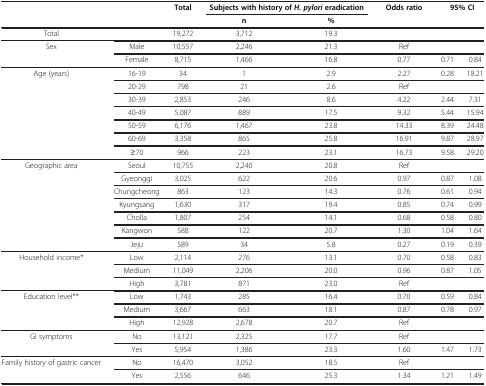
<table><thead><tr><td rowspan="2" colspan="2"><b> </b></td><td rowspan="2"><b>Total</b></td><td colspan="2"><b>Subjects with history of <i>H. </i><i>pylori </i>eradication</b></td><td rowspan="2"><b>Odds ratio</b></td><td rowspan="2" colspan="2"><b>95% CI</b></td></tr><tr><td><b>n</b></td><td><b>%</b></td></tr></thead><tbody><tr><td>Total</td><td> </td><td>19,272</td><td>3,712</td><td>19.3</td><td> </td><td> </td><td> </td></tr><tr><td>Sex</td><td>Male</td><td>10,557</td><td>2,246</td><td>21.3</td><td>Ref</td><td> </td><td> </td></tr><tr><td> </td><td>Female</td><td>8,715</td><td>1,466</td><td>16.8</td><td>0.77</td><td>0.71</td><td>0.84</td></tr><tr><td rowspan="7">Age (years)</td><td>16-19</td><td>34</td><td>1</td><td>2.9</td><td>2.27</td><td>0.28</td><td>18.21</td></tr><tr><td>20-29</td><td>798</td><td>21</td><td>2.6</td><td>Ref</td><td> </td><td> </td></tr><tr><td>30-39</td><td>2,853</td><td>246</td><td>8.6</td><td>4.22</td><td>2.44</td><td>7.31</td></tr><tr><td>40-49</td><td>5,087</td><td>889</td><td>17.5</td><td>9.32</td><td>5.44</td><td>15.94</td></tr><tr><td>50-59</td><td>6,176</td><td>1,467</td><td>23.8</td><td>14.33</td><td>8.39</td><td>24.48</td></tr><tr><td>60-69</td><td>3,358</td><td>865</td><td>25.8</td><td>16.91</td><td>9.87</td><td>28.97</td></tr><tr><td>≥70</td><td>966</td><td>223</td><td>23.1</td><td>16.73</td><td>9.58</td><td>29.20</td></tr><tr><td rowspan="7">Geographic area</td><td>Seoul</td><td>10,755</td><td>2,240</td><td>20.8</td><td>Ref</td><td> </td><td> </td></tr><tr><td>Gyeonggi</td><td>3,025</td><td>622</td><td>20.6</td><td>0.97</td><td>0.87</td><td>1.08</td></tr><tr><td>Chungcheong</td><td>863</td><td>123</td><td>14.3</td><td>0.76</td><td>0.61</td><td>0.94</td></tr><tr><td>Kyungsang</td><td>1,630</td><td>317</td><td>19.4</td><td>0.85</td><td>0.74</td><td>0.99</td></tr><tr><td>Cholla</td><td>1,807</td><td>254</td><td>14.1</td><td>0.68</td><td>0.58</td><td>0.80</td></tr><tr><td>Kangwon</td><td>588</td><td>122</td><td>20.7</td><td>1.30</td><td>1.04</td><td>1.64</td></tr><tr><td>Jeju</td><td>589</td><td>34</td><td>5.8</td><td>0.27</td><td>0.19</td><td>0.39</td></tr><tr><td rowspan="3">Household income*</td><td>Low</td><td>2,114</td><td>276</td><td>13.1</td><td>0.70</td><td>0.58</td><td>0.83</td></tr><tr><td>Medium</td><td>11,049</td><td>2,206</td><td>20.0</td><td>0.96</td><td>0.87</td><td>1.05</td></tr><tr><td>High</td><td>3,781</td><td>871</td><td>23.0</td><td>Ref</td><td> </td><td> </td></tr><tr><td rowspan="3">Education level**</td><td>Low</td><td>1,743</td><td>285</td><td>16.4</td><td>0.70</td><td>0.59</td><td>0.84</td></tr><tr><td>Medium</td><td>3,667</td><td>663</td><td>18.1</td><td>0.87</td><td>0.78</td><td>0.97</td></tr><tr><td>High</td><td>12,928</td><td>2,678</td><td>20.7</td><td>Ref</td><td> </td><td> </td></tr><tr><td rowspan="2">GI symptoms</td><td>No</td><td>13,121</td><td>2,325</td><td>17.7</td><td>Ref</td><td> </td><td> </td></tr><tr><td>Yes</td><td>5,954</td><td>1,386</td><td>23.3</td><td>1.60</td><td>1.47</td><td>1.73</td></tr><tr><td rowspan="2">Family history of gastric cancer</td><td>No</td><td>16,470</td><td>3,052</td><td>18.5</td><td>Ref</td><td> </td><td> </td></tr><tr><td>Yes</td><td>2,556</td><td>646</td><td>25.3</td><td>1.34</td><td>1.21</td><td>1.49</td></tr></tbody></table>